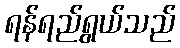
ရန်ရည်ရွယ်သည်